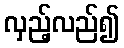
လှည့်လည်၍